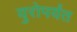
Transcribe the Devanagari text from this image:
युरोपर्यंत